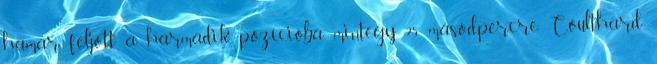
hamar feljött a harmadik pozícióba, mintegy 25 másodpercre Coulthard